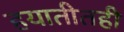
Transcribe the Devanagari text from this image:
हयातीतही